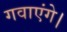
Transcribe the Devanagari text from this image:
गवाएंगे।